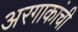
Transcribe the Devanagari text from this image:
अरगाकांची